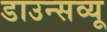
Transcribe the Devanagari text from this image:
डाउन्सव्यू